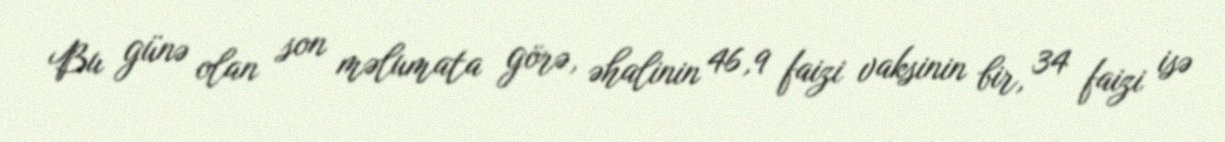
Bu günə olan son məlumata görə, əhalinin 46,9 faizi vaksinin bir, 34 faizi isə